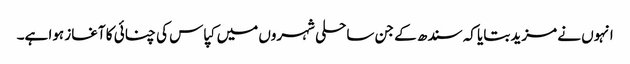
انہوں نے مزید بتایا کہ سندھ کے جن ساحلی شہروں میں کپاس کی چنائی کا آغاز ہوا ہے۔